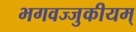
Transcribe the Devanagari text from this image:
भगवज्जुकीयम्‌